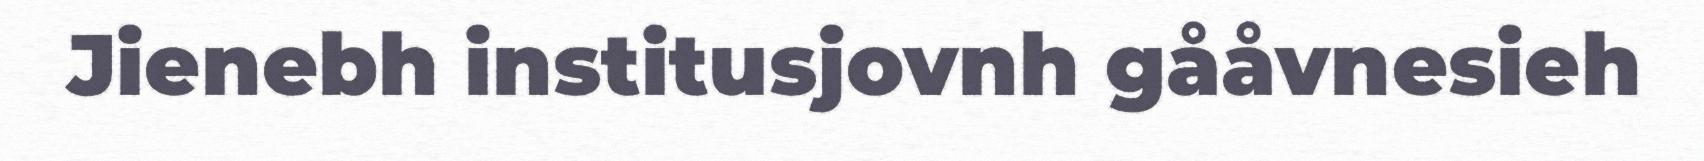
Jienebh institusjovnh gååvnesieh